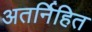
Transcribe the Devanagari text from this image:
अतर्निहित